Medical and sanitary report of the native army of Madras for the year
Year: 1875
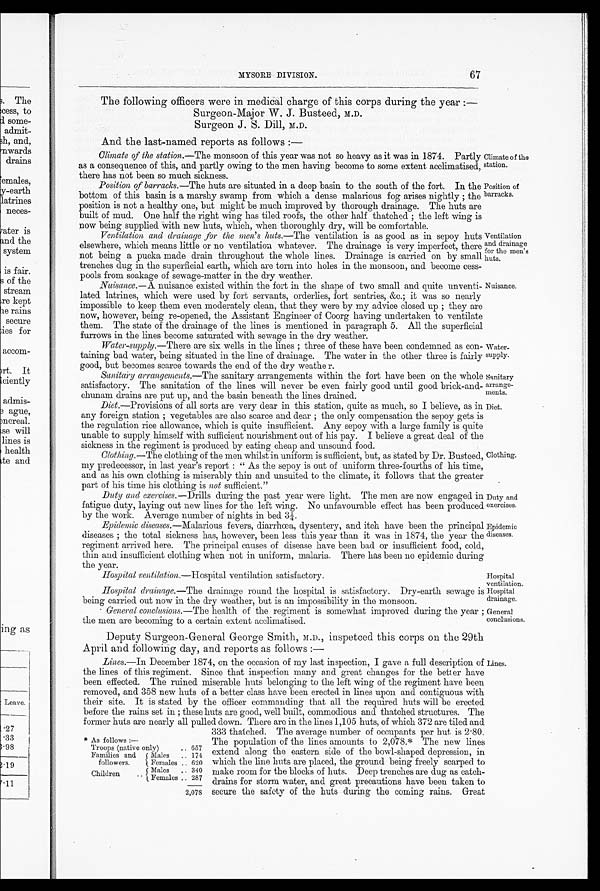
Climate of the
station.
Position of
barracks.
Ventilation
and drainage
for the men' s
huts.
Nuisance.
Duty and
exercises.
Epidemic
diseases.
Hospital
drainage.
General
conclusions.
67
MYSORE DIVISION.
The following officers were in medical charge of this corps during the year:
—
Surgeon-Major W. J. Busteed, M.D.
Surgeon J. S. Dill, M.D.
And the last-named reports as follows:—
Climate of the station.—The monsoon of this year was not so heavy as it was in 1874. Partly
as a consequence of this, and partly owing to the men having become to some extent acclimatised,
there has not been so much sickness.
Position of barracks.—The huts are situated in a deep basin to the south of the fort. In the
bottom of this basin is a marshy swamp from which a dense malarious fog arises nightly; the
position is not a healthy one, but might be much improved by thorough drainage. The huts are
built of mud. One half the right wing has tiled roofs, the other half thatched; the left wing is
now being supplied with new huts, which, when thoroughly dry, will be comfortable.
Ventilation and drainage for the men's huts.— The ventilation is as good as in sepoy huts
elsewhere, which means little or no ventilation whatever. The drainage is very imperfect, there
not being a pucka made drain throughout the whole lines. Drainage is carried on by small
trenches dug in the superficial earth, which are torn into holes in the monsoon, and become cess
-pools from soakage of sewage-matter in the dry weather.
Nuisance.— A
nuisance existed within the fort in the shape of two small and quite unventi
-lated latrines, which were used by fort servants, orderlies, fort sentries, &c.; it was so nearly
impossible to keep them even moderately clean, that they were by my advice closed up; they are
now, however, being re-opened, the Assistant Engineer of Coorg having undertaken to ventilate
them. The state of the drainage of the lines is mentioned in paragraph 5. All the superficial
furrows in the lines become saturated with sewage in the dry weather.
Water-supply.—There are six wells in the lines; three of these have been condemned as con
-taining bad water, being situated in the line of drainage. The water in the other three is fairly
good, but becomes scarce towards the end of the dry weather.
Sanitary arrangements.—The sanitary arrangements within the fort have been on the whole
satisfactory. The sanitation of the lines will never be even fairly good until good brick-and
-chunam drains are put up, and the basin beneath the lines drained.
Water
-supply.
Sanitary
arrange
- m e n t s .
Diet. —Provisions of all sorts are very dear in this station, quite as much, so I believe, as in
any foreign station; vegetables are also scarce and dear; the only compensation the sepoy gets is
the regulation rice allowance, which is quite insufficient. Any sepoy with a large family is quite
unable to supply himself with sufficient nourishment out of his pay. I believe a great deal of the
sickness in the regiment is produced by eating cheap and unsound food.
Clothing.— The clothing of the men whilst in uniform is sufficient, but, as stated by Dr. Busteed,
my predecessor, in last year's report: "As the sepoy is out of uniform three-fourths of his time,
and as his own clothing is miserably thin and unsuited to the climate, it follows that the greater
part of his time his clothing is not sufficient."
Diet.
Clothing.
Duty and exercises.— Drills during the past year were light. The men are now engaged in
fatigue duty, laying out new lines for the left wing. No unfavourable effect has been produced
by the work. Average number of nights in bed 3¼.
Epidemic diseases. —Malarious fevers, diarrhœa, dysentery, and itch have been the principal
diseases; the total sickness has, however, been less this year than it was in 1874, the year the
regiment arrived here. The principal causes of disease have been bad or insufficient food, cold,
thin and insufficient clothing when not in uniform, malaria. There has been no epidemic during
the year.
Hospital ventilation. —Hospital ventilation satisfactory.
Hospital
ventilation.
Hospital drainage.—The drainage round the hospital is satisfactory. Dry-earth sewage is
being carried out now in the dry weather, but is an impossibility in the monsoon.
General conclusions.—The health of the regiment is somewhat improved during the year;
the men are becoming to a certain extent acclimatised.
Deputy Surgeon-General George Smith, M.D., inspetced this corps on the 29th
April and following day, and reports as follows:—
Lines.—In December 1874, on the occasion of my last inspection, I gave a full description of
the lines of this regiment. Since that inspection many and great changes for the better have
been effected. The ruined miserable huts belonging to the left wing of the regiment have been
removed, and 358 new huts of a better class have been erected in lines upon and contiguous with
their site. It is stated by the officer commanding that all the required huts will be erected
before the rains set in; these huts are good, well built, commodious and thatched structures. The
former huts are nearly all pulled down. There are in the lines 1,105 huts, of which 372 are tiled and
333 thatched. The average number of occupants per hut is 2.80.
The population of the lines amounts to 2,078.* The new lines
extend along the eastern side of the bowl-shaped depression, in
which the line huts are placed, the ground being freely scarped to
make room for the blocks of huts. Deep trenches are dug as catch -
drains for storm water, and great precautions have been taken to
secure the safety of the huts during the coming rains. Great
* As follows:
—
Troops (native only) . . .
657
Families and
followers.
Males . . . 174
Females . . . 620
Males . . . 340
Children . . .
'
Females . . . 287
2,078
Lines.